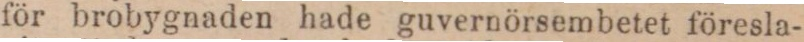
för brobygnaden hade guvernörsembetet föresla-